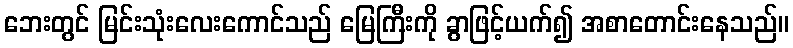
ဘေးတွင် မြင်းသုံးလေးကောင်သည် မြေကြီးကို ခွာဖြင့်ယက်၍ အစာတောင်းနေသည်။